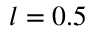
l = 0 . 5